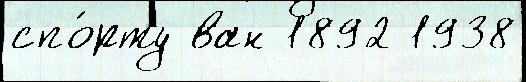
спо́рту ван 1892 1938